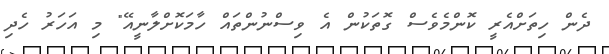
ދެން ހިތަށްއެރީ ކޮންމެވެސް ގޮތަކުން އެ ވިސްނުންތައް ހާމަކޮށްލާނީއޭ" މި އަހަރު ހެދި